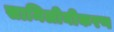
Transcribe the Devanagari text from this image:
सामिलीनीकरण